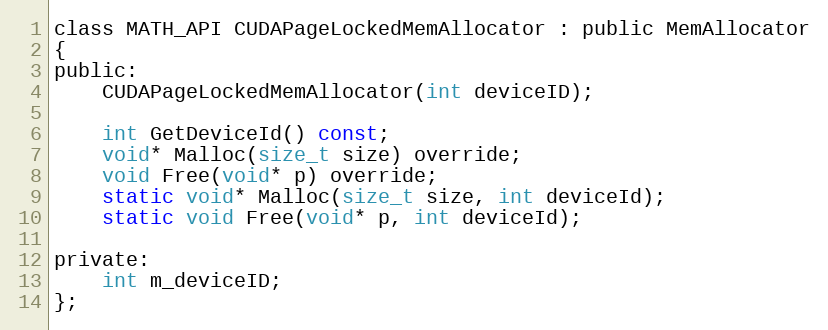
Language: C
class MATH_API CUDAPageLockedMemAllocator : public MemAllocator
{
public:
    CUDAPageLockedMemAllocator(int deviceID);

    int GetDeviceId() const;
    void* Malloc(size_t size) override;
    void Free(void* p) override;
    static void* Malloc(size_t size, int deviceId);
    static void Free(void* p, int deviceId);

private:
    int m_deviceID;
};